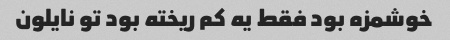
خوشمزه بود فقط یه کم ریخته بود تو نایلون